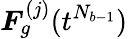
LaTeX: \boldsymbol{F}_{g}^{(j)}(t^{N_{b-1}})